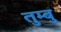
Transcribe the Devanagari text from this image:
तुम्बु